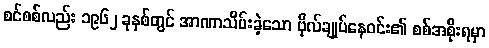
စင်စစ်လည်း ၁၉၆၂ ခုနှစ်တွင် အာဏာသိမ်းခဲ့သော ဗိုလ်ချုပ်နေဝင်း၏ စစ်အစိုးရမှာ